V__Kingissepa_nim__kolhoos, lk 25
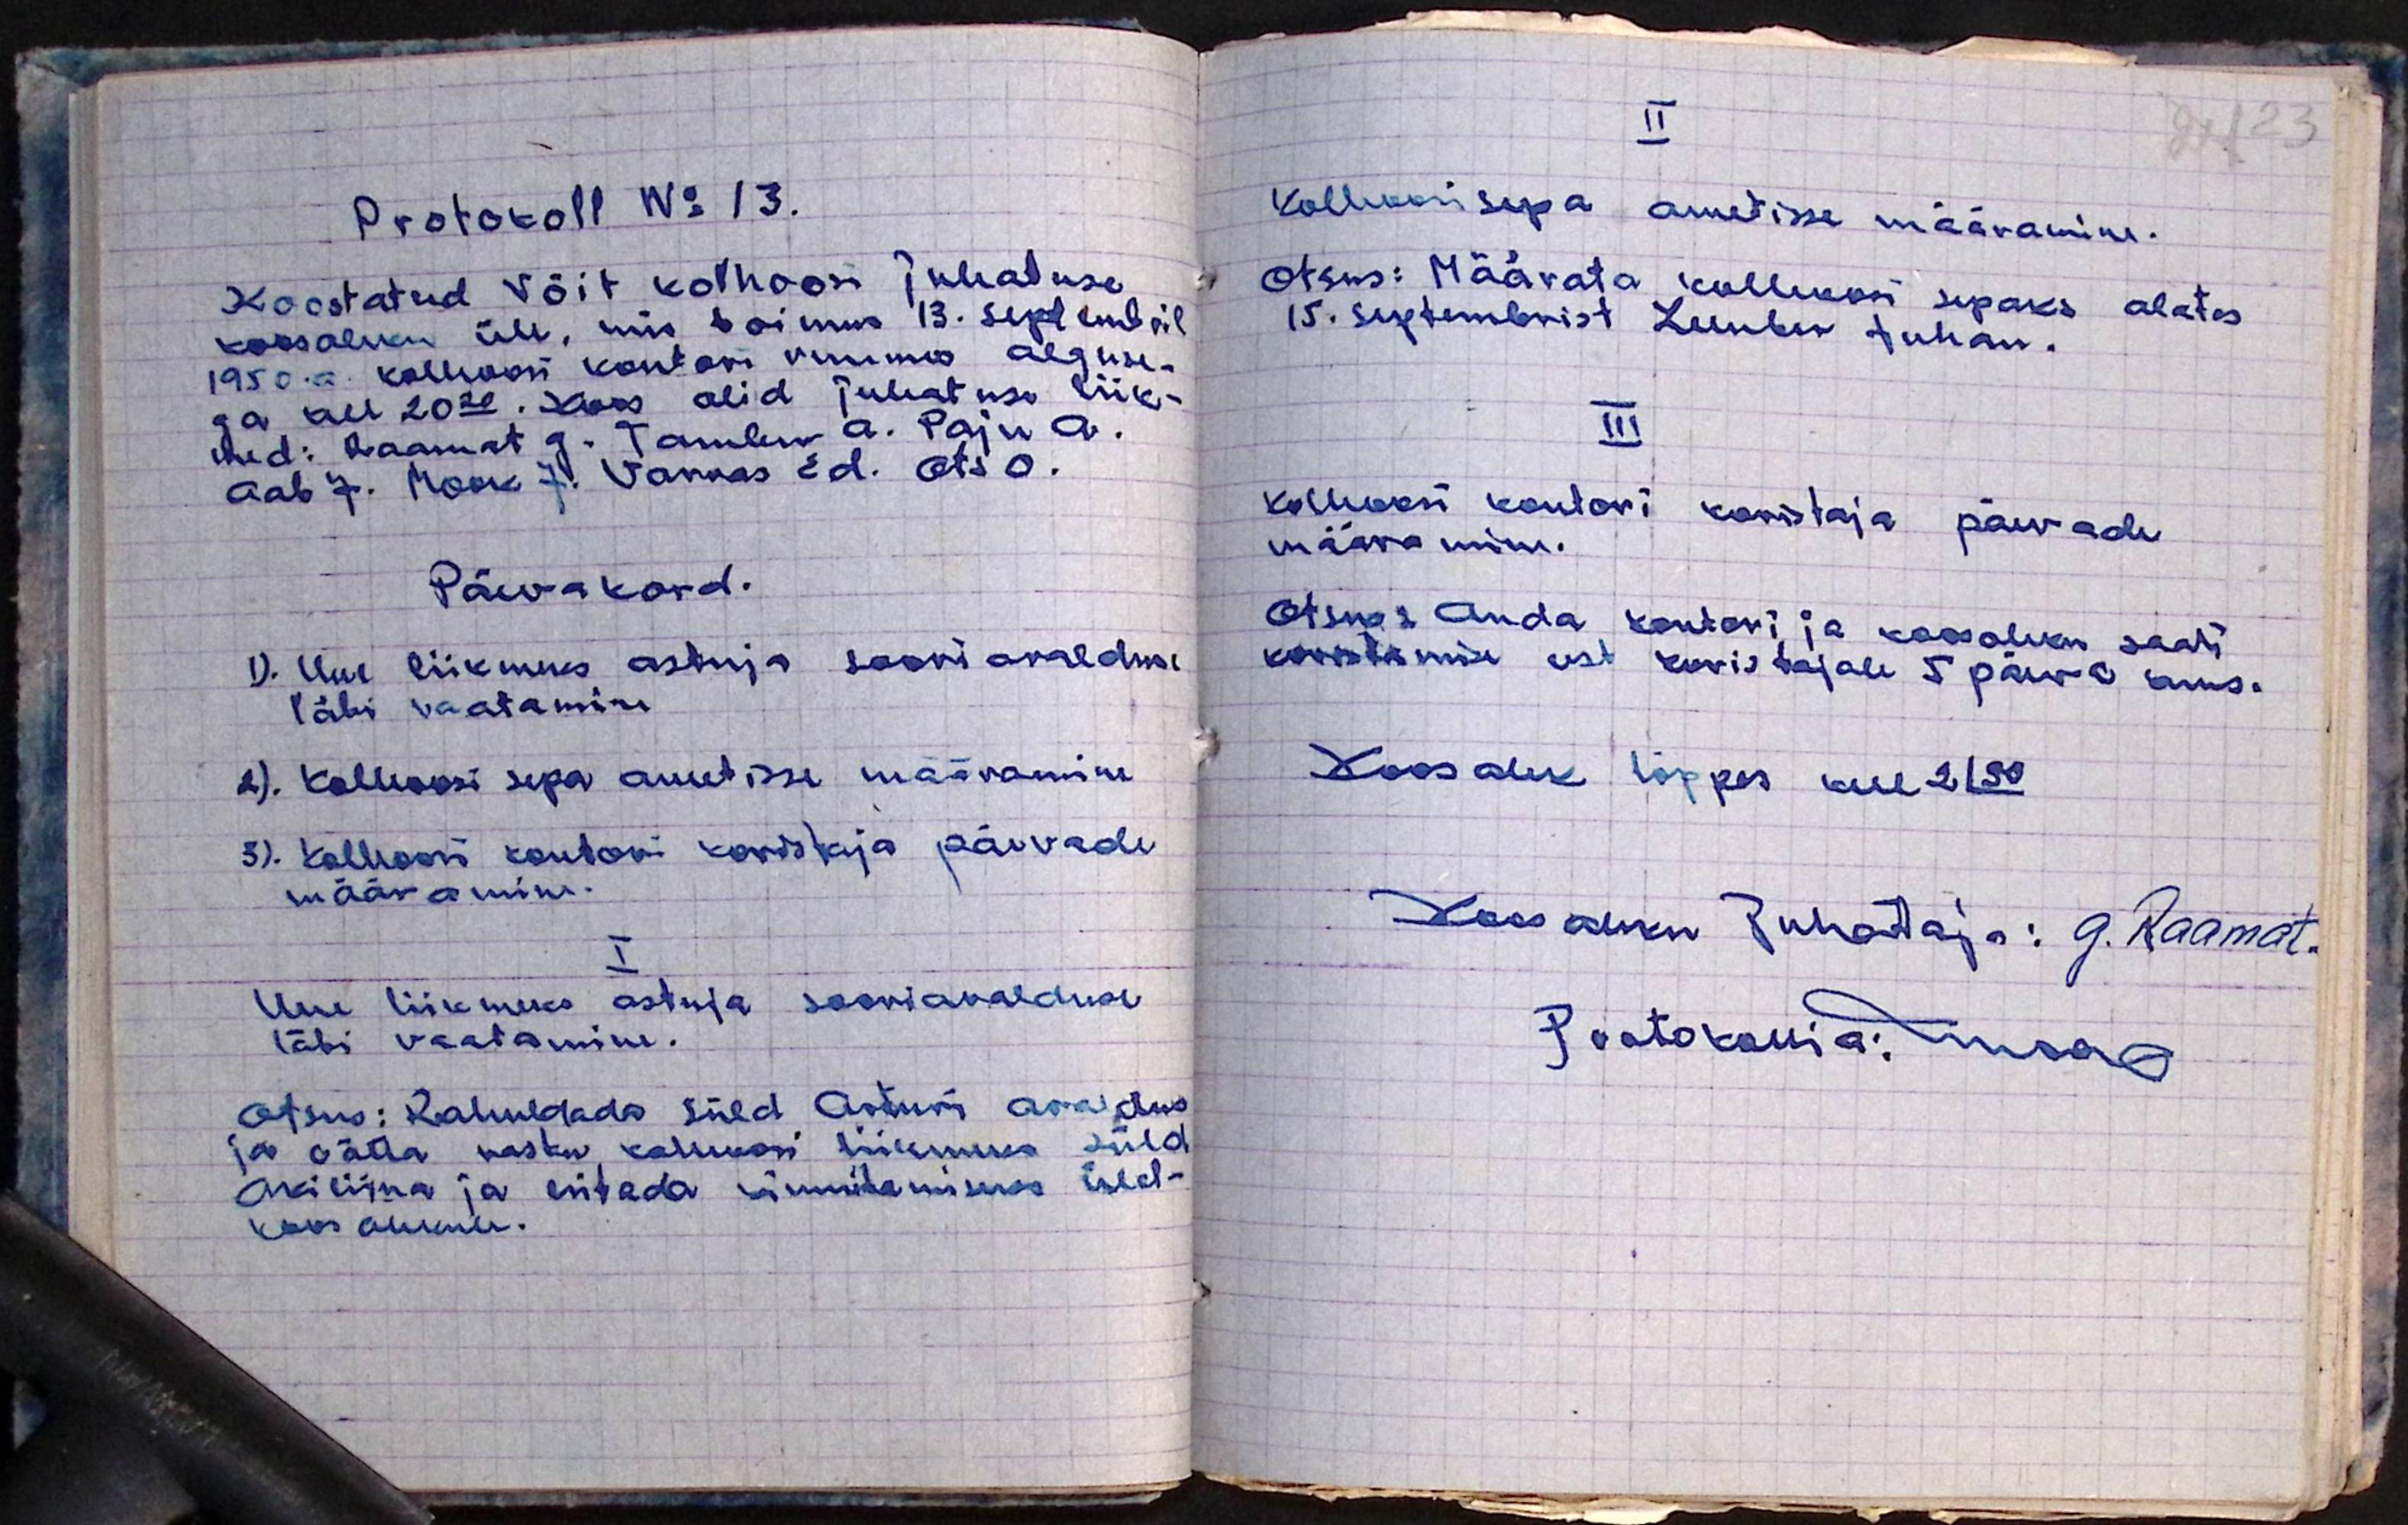
Protokoll No 13.
Koostatud Võit kolhoosi juhatuse
koosoleku üle, mis toimus 13. septembril
1950.a. kolhoosi kontori ruumes alguse-
ga kell 20.20. Koos olid juhatuse liik-
med: Raamat G. Tambur A. Paju A.
Aab J. Mook J. Varnas Ed. Ots O.
Päevakord.
1). Uue liikmeks astuja soovi avalduse
läbi vaatamine
2). Kolhoosi sepa ametisse määramine
3). Kolhoosi kontori koristaja päevade
määramine.
I
Uue liikmeks astuja sooviavalduse
läbi vaatamine.
Otsus: Rahuldada Süld Arturi avaldus
ja võtta vastu kolhoosi liikmeks Süld
Akiliina ja esitada kinnitamiseks üld-
koosolekule.

II
Kolhoosisepa ametisse määramine.
Otsus: Määrata kolhoosi sepaks alates
15. septembrist Lember Juhan.
III
Kolhoosi kontori koristaja päevade
määramine.
Otsus: Anda kontori ja koosoleku saali
koristamise eest koristajale 5 päeva kuus.
Koosolek lõppes kell 21:30
Koosoleku juhataja: G. Raamat.
Protokollia: maa